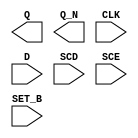
module sky130_fd_sc_hdll__sdfsbp (
    Q    ,
    Q_N  ,
    CLK  ,
    D    ,
    SCD  ,
    SCE  ,
    SET_B
);

    output Q    ;
    output Q_N  ;
    input  CLK  ;
    input  D    ;
    input  SCD  ;
    input  SCE  ;
    input  SET_B;

    // Voltage supply signals
    supply1 VPWR;
    supply0 VGND;
    supply1 VPB ;
    supply0 VNB ;

endmodule